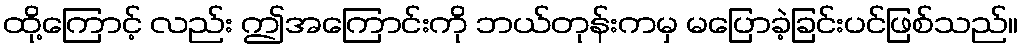
ထို့ကြောင့် လည်း ဤအကြောင်းကို ဘယ်တုန်းကမှ မပြောခဲ့ခြင်းပင်ဖြစ်သည်။